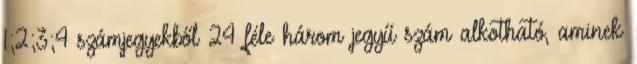
1;2;3;4 számjegyekből 24 féle három jegyű szám alkotható, aminek